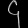
Digit: ၄